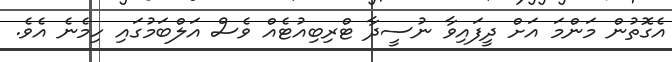
އެގޮތުން މަންމަ އަށް ދީފައިވާ ނުސީދާ ޓްރިބިއުޓެއް ވެސް އަލްބަމުގައި ހިމެނެ އެވެ.